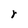
Character: r